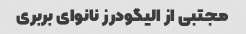
مجتبی از الیگودرز نانوای بربری